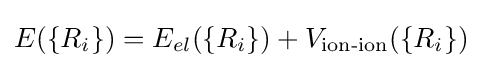
E(\{R_{i}\})=E_{el}(\{R_{i}\})+V_{\text{ion-ion}}(\{R_{i}\})